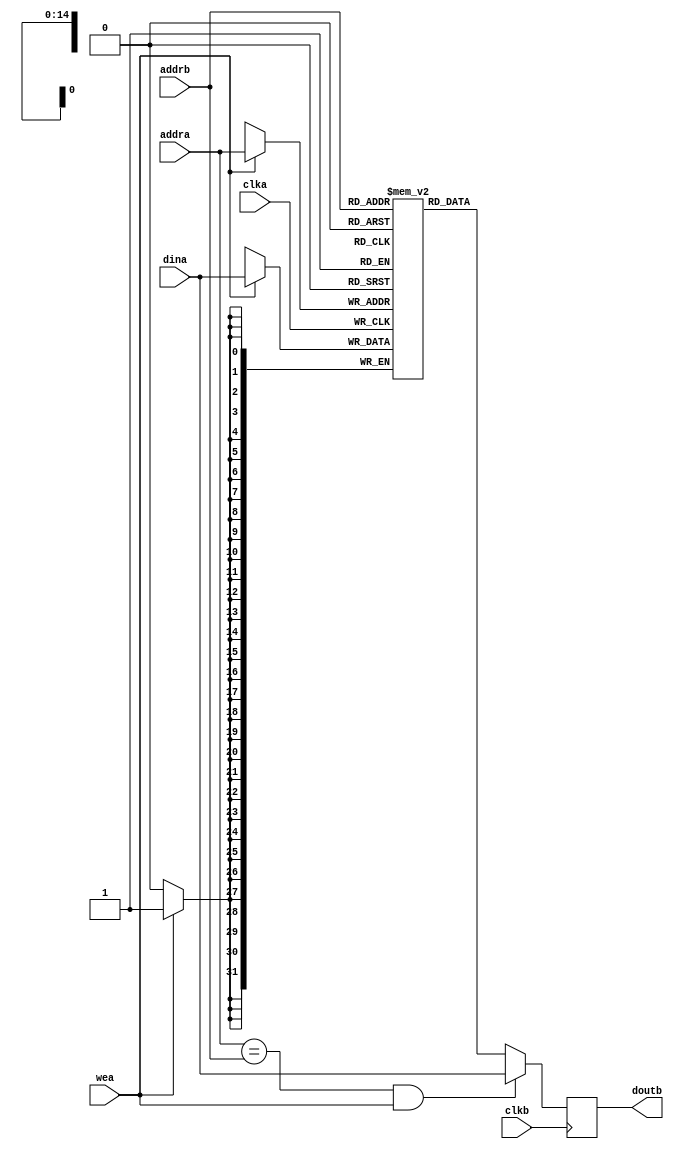
module memory (
    input clka,
    input clkb,
    input [14:0] addrb,
    output reg [31:0] doutb,

    input [14:0] addra,//32k
    input [31:0] dina,
    input wea
    
    
);
    reg [31:0] memory [32767:0];//2^15 (* ram_style = "block" *) 
    //assign mem_read_data=memory[mem_read_address[31:2]];//{memory[mem_read_address+2'd3],memory[mem_read_address+2'd2],memory[mem_read_address+2'd1],memory[mem_read_address]};

    always @(posedge clka ) begin
        if(wea)begin
            memory[addra]<=dina;
            // memory[mem_write_address+2'd3]<=mem_write_data[31:24];
            // memory[mem_write_address+2'd2]<=mem_write_data[23:16];
            // memory[mem_write_address+2'd1]<=mem_write_data[15:8];
            // memory[mem_write_address]<=mem_write_data[7:0];
        end
    end

    always @(posedge clkb ) begin
        if(addra==addrb&&wea)begin//
            doutb<=dina;
        end
        else begin
           doutb<=memory[addrb]; 
        end
    end

endmodule //memory